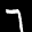
Label: 7